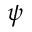
\psi